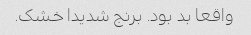
واقعا بد بود. برنج شدیدا خشک.